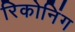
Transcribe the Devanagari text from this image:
रिकोनिंग